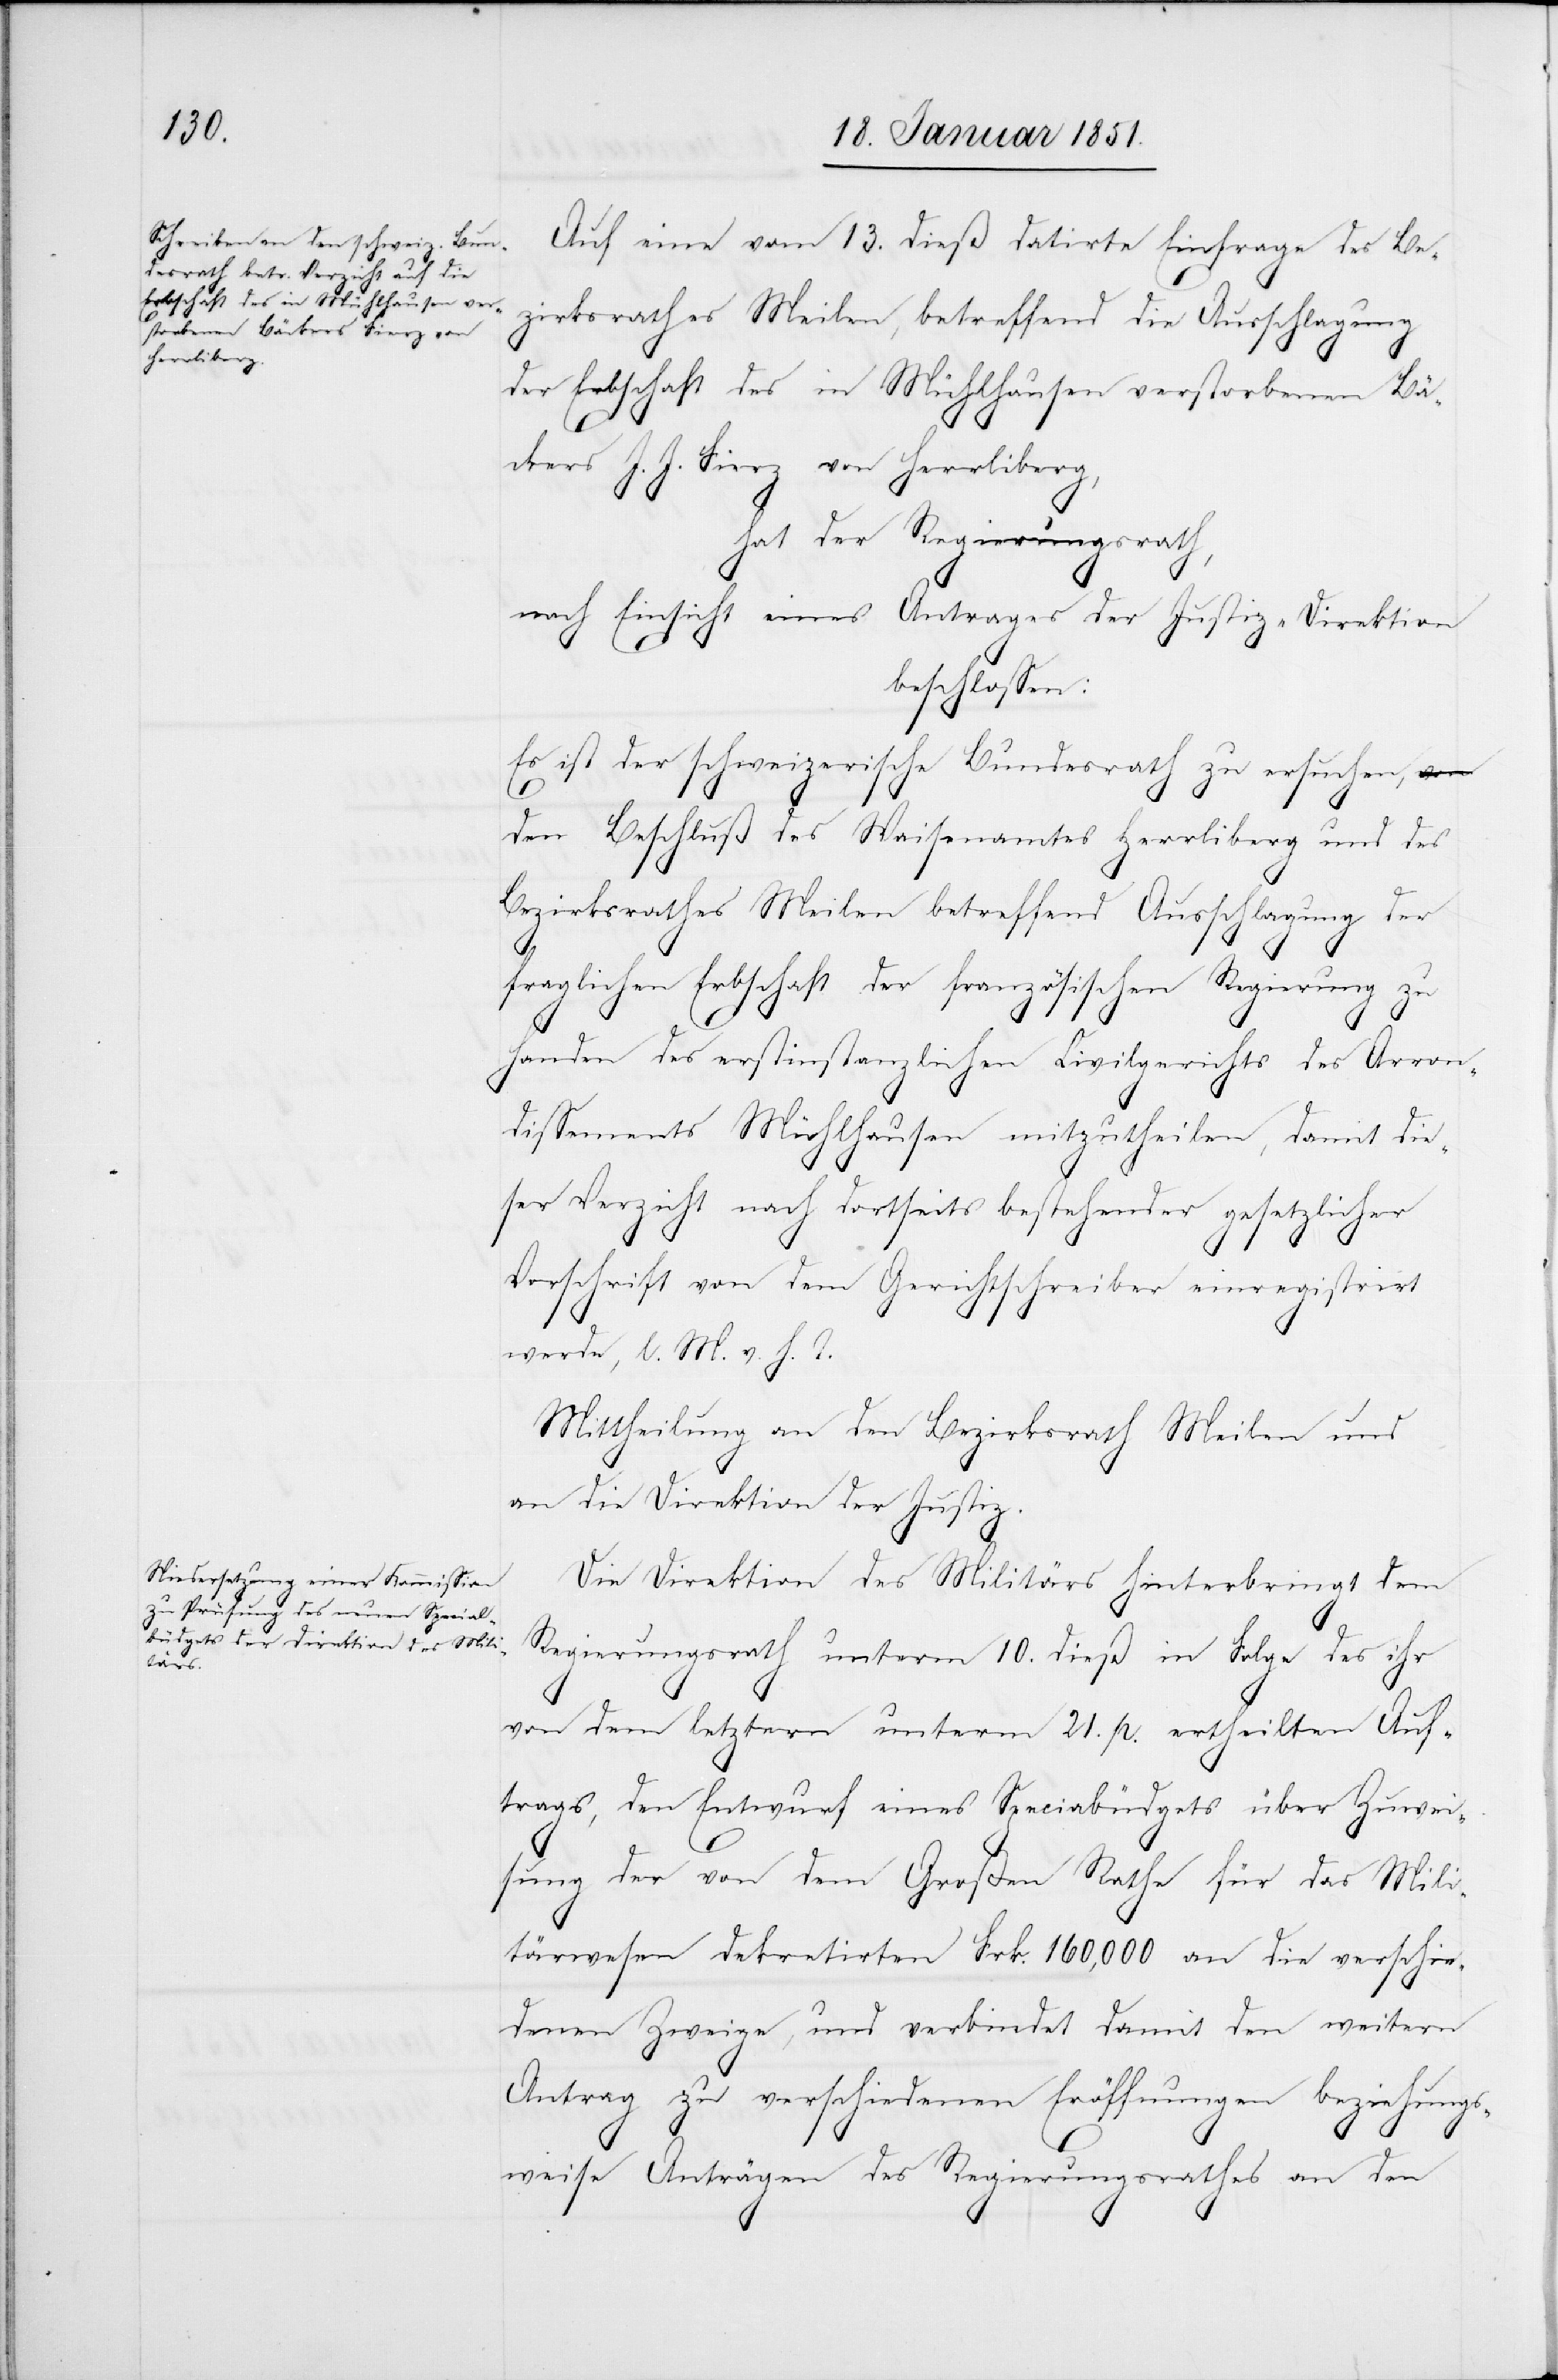
Auf eine vom 13. dieß datirte Einfrage des Be¬
zirksrathes Meilen, betreffend die Ausschlagung
der Erbschaft des in Mühlhausen verstorbenen Bä¬
ckers J. J. Fierz von Herrliberg,
hat der Regierungsrath,
nach Einsicht eines Antrages der Justiz-Direktion
beschlossen:
Es ist der schweizerische Bundesrath zu ersuchen,
den Beschluß des Waisenamtes Herrliberg und des
Bezirksrathes Meilen betreffend Ausschlagung der
fraglichen Erbschaft der französischen Regierung zu
Handen des erstinstanzlichen Civilgerichts des Arron¬
dissements Mühlhausen mitzutheilen, damit die¬
ser Verzicht nach dortseits bestehender gesetzlicher
Vorschrift von dem Gerichtschreiber einregistrirt
werde, l. M. v. h. T.
Mittheilung an den Bezirksrath Meilen und
an die Direktion der Justiz.
Die Direktion des Militärs hinterbringt dem
Regierungsrath unterm 10. dieß in Folge des ihr
von dem letztern unterm 21. p. ertheilten Auf¬
trags, den Entwurf eines Specialbüdgets über Zuwei¬
sung der von dem Großen Rathe für das Mili¬
tärwesen dekretirten Frk. 160,000 an die verschie¬
denen Zweige, und verbindet damit den weitern
Antrag zu verschiedenen Eröffnungen beziehungs¬
weise Anträgen des Regierungsrathes an den